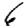
Digit: 6